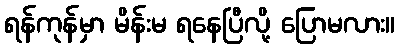
ရန်ကုန်မှာ မိန်းမ ရနေပြီလို့ ပြောမလား။